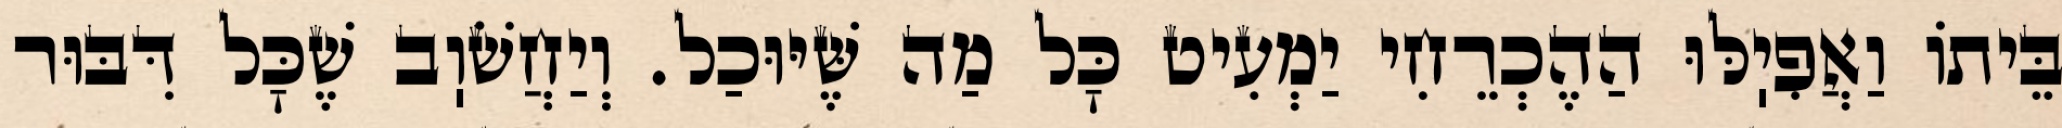
בֵּיתוֹ וַאֲפִיֽלּוּ הַהֶכְרֵחִי יַמְעִיט כׇּל מַה שֶּׁיּוּכַל. וְיַחֲשֹׁוֽב שֶׁכׇּל דִּבּוּר